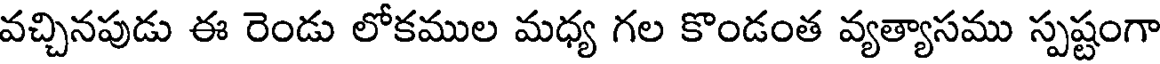
వచ్చినపుడు ఈ రెండు లోకముల మధ్య గల కొండంత వ్యత్యాసము స్పష్టంగా